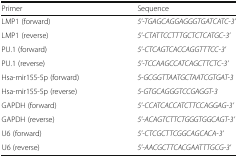
<table><thead><tr><td><b>Primer</b></td><td><b>Sequence</b></td></tr></thead><tbody><tr><td>LMP1 (forward)</td><td><i>5’-TGAGCAGGAGGGTGATCATC-3’</i></td></tr><tr><td>LMP1 (reverse)</td><td><i>5’-CTATTCCTTTGCTCTCATGC-3’</i></td></tr><tr><td>PU.1 (forward)</td><td><i>5’-CTCAGTCACCAGGTTTCC-3’</i></td></tr><tr><td>PU.1 (reverse)</td><td><i>5’-TCCAAGCCATCAGCTTCTC-3’</i></td></tr><tr><td>Hsa-mir155-5p (forward)</td><td><i>5-GCGGTTAATGCTAATCGTGAT-3</i></td></tr><tr><td>Hsa-mir155-5p (reverse)</td><td><i>5-GTGCAGGGTCCGAGGT-3</i></td></tr><tr><td>GAPDH (forward)</td><td><i>5’-CCATCACCATCTTCCAGGAG-3’</i></td></tr><tr><td>GAPDH (reverse)</td><td><i>5’-ACAGTCTTCTGGGTGGCAGT-3’</i></td></tr><tr><td>U6 (forward)</td><td><i>5’-CTCGCTTCGGCAGCACA-3’</i></td></tr><tr><td>U6 (reverse)</td><td><i>5’-AACGCTTCACGAATTTGCG-3’</i></td></tr></tbody></table>